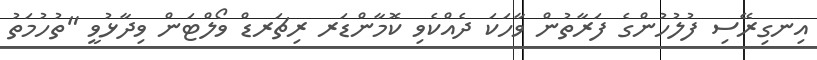
އިނގިރޭސި ފުލުހުންގެ ފަރާތުން ވާހަކަ ދެއްކެވި ކޮމާންޑަރ ރިޗަރޑް ވޯލްޓަން ވިދާޅުވީ "ތުހުމަތު